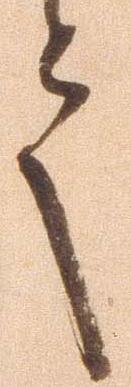
言